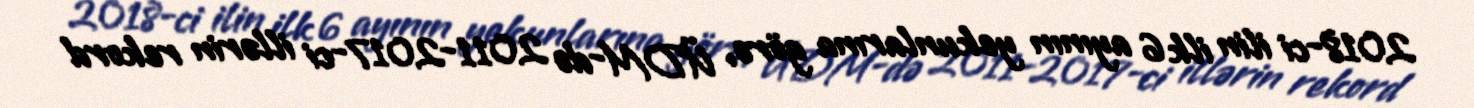
2018-ci ilin ilk 6 ayının yekunlarına görə, ÜDM-də 2011-2017-ci illərin rekord